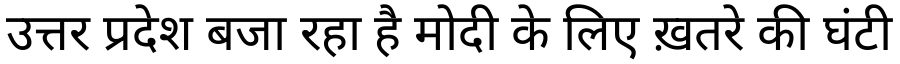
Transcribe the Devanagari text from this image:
उत्तर प्रदेश बजा रहा है मोदी के लिए ख़तरे की घंटी